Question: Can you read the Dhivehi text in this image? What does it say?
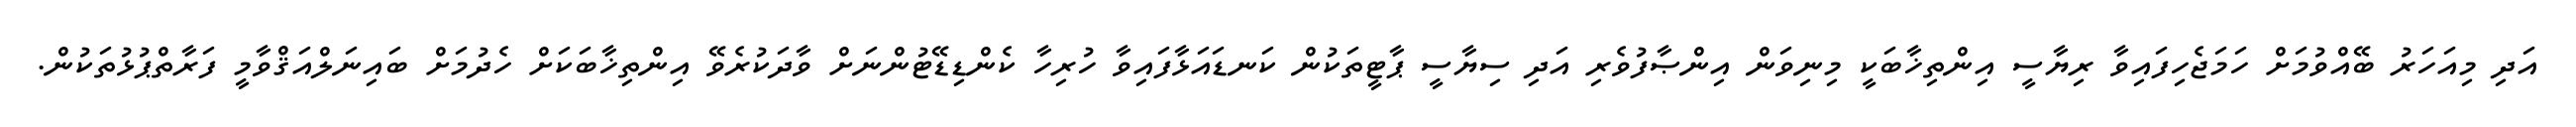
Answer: އަދި މިއަހަރު ބޭއްވުމަށް ހަމަޖެހިފައިވާ ރިޔާސީ އިންތިޚާބަކީ މިނިވަން އިންޞާފުވެރި އަދި ސިޔާސީ ޕާޓީތަކުން ކަނޑައަޅާފައިވާ ހުރިހާ ކެންޑިޑޭޓުންނަށް ވާދަކުރެވޭ އިންތިޚާބަކަށް ހެދުމަށް ބައިނަލްއަޤްވާމީ ފަރާތްޕުޅުތަކުން.